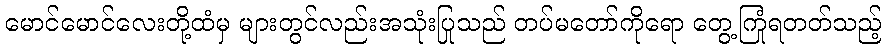
မောင်မောင်လေးတို့ထံမှ များတွင်လည်းအသုံးပြုသည် တပ်မတော်ကိုရော တွေ့ကြုံရတတ်သည့်